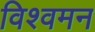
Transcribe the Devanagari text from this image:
विश्वमन